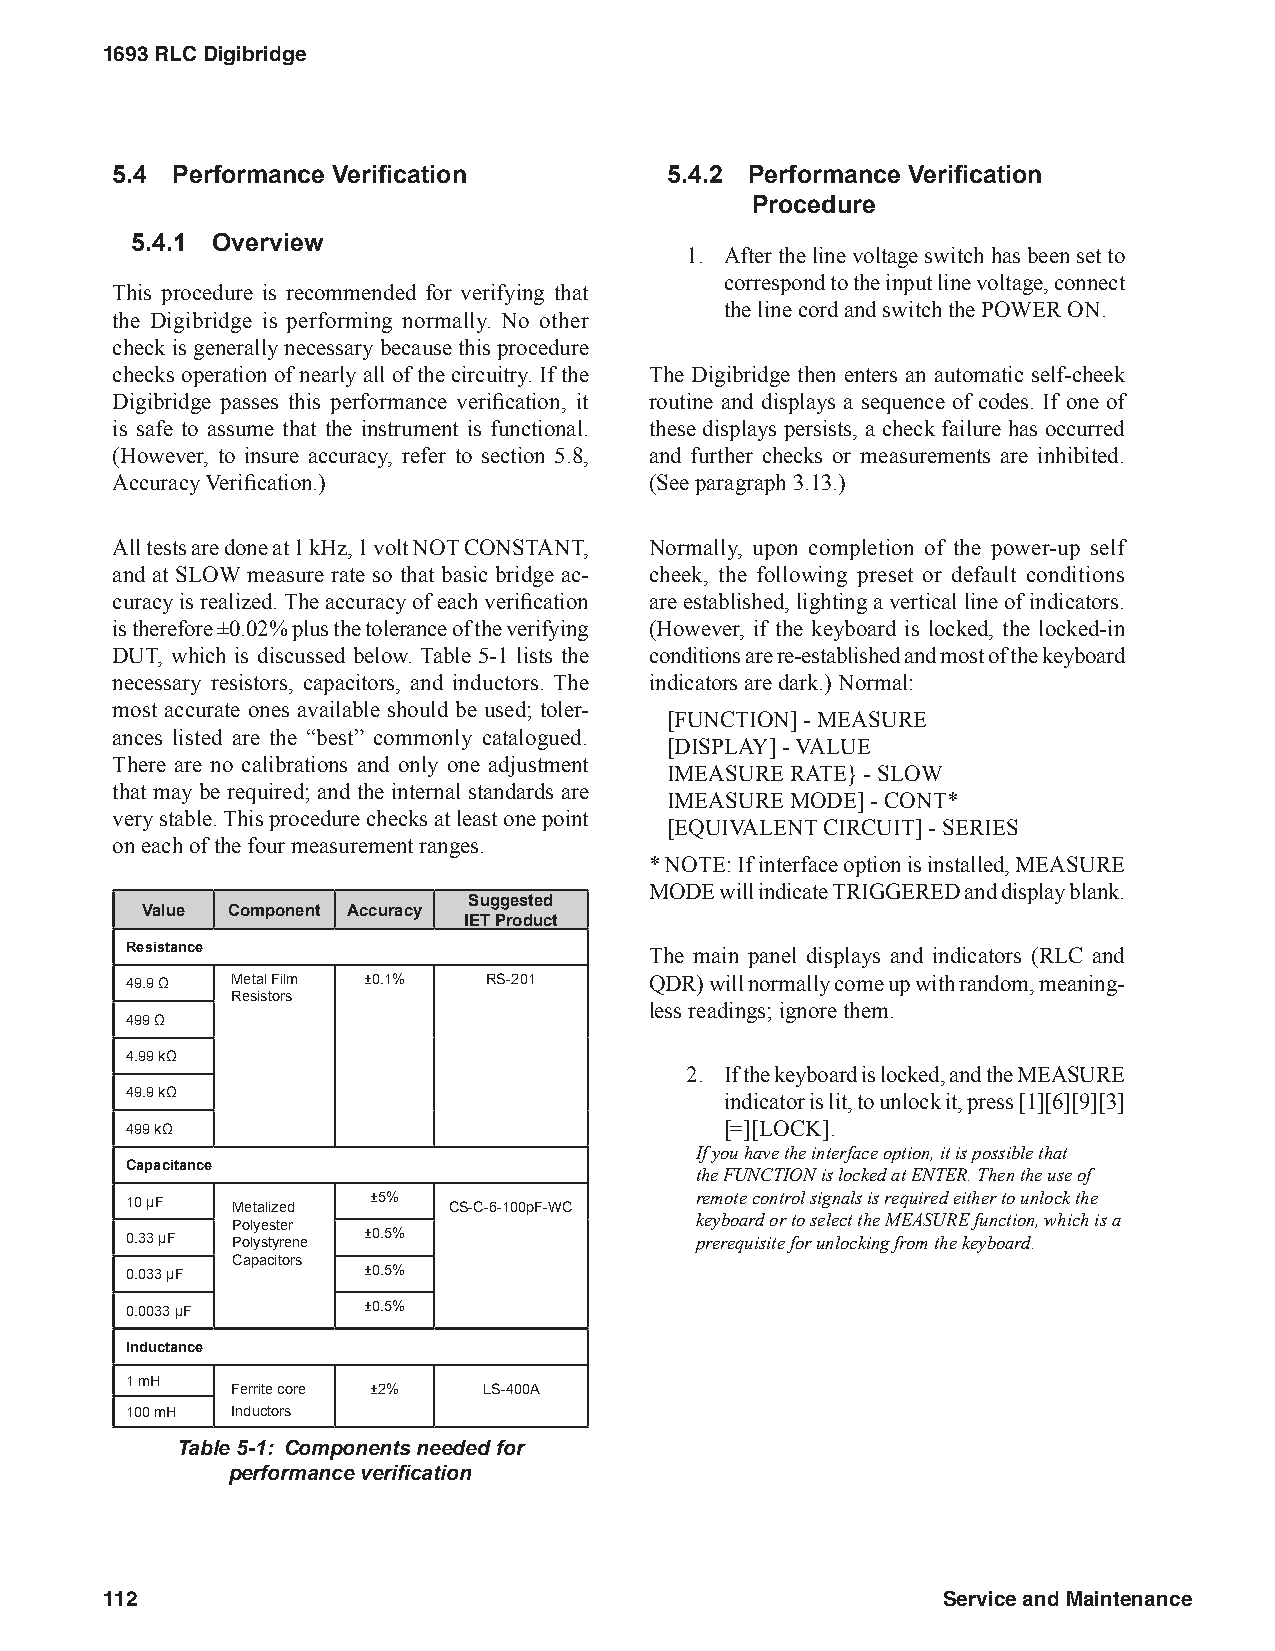
1693 RLC Digibridge
 5.4 Performance Verification         5.4.2 Performance Verification
 Procedure
 5.4.1 Overview
 1. After the line voltage switch has been set to
 correspond to the input line voltage, connect
 This procedure is recommended for verifying that
 the line cord and switch the POWER ON.
 the Digibridge is performing normally. No other
 check is generally necessary because this procedure
 checks operation of nearly all of the circuitry. If the The Digibridge then enters an automatic self-cheek
 Digibridge passes this performance verification, it routine and displays a sequence of codes. If one of
 is safe to assume that the instrument is functional. these displays persists, a check failure has occurred
 (However, to insure accuracy, refer to section 5.8, and further checks or measurements are inhibited.
 Accuracy Verification.)             (See paragraph 3.13.)
 All tests are done at 1 kHz, 1 volt NOT CONSTANT, Normally, upon completion of the power-up self
 and at SLOW measure rate so that basic bridge ac- cheek, the following preset or default conditions
 curacy is realized. The accuracy of each verification are established, lighting a vertical line of indicators.
 is therefore ±0.02% plus the tolerance of the verifying (However, if the keyboard is locked, the locked-in
 DUT, which is discussed below. Table 5-1 lists the conditions are re-established and most of the keyboard
 necessary resistors, capacitors, and inductors. The indicators are dark.) Normal:
 most accurate ones available should be used; toler-
 [FUNCTION] - MEASURE
 ances listed are the “best” commonly catalogued.
 [DISPLAY] - VALUE
 There are no calibrations and only one adjustment
 IMEASURE RATE} - SLOW
 that may be required; and the internal standards are
 IMEASURE MODE] - CONT*
 very stable. This procedure checks at least one point
 [EQUIVALENT CIRCUIT] - SERIES
 on each of the four measurement ranges.
 * NOTE: If interface option is installed, MEASURE
 MODE will indicate TRIGGERED and display blank.
 Suggested
 Value Component Accuracy
 IET Product
 Resistance                         The main panel displays and indicators (RLC and
 49.9 Ω Metal Film ±0.1% RS-201     QDR) will normally come up with random, meaning-
 Resistors
 less readings; ignore them.
 499 Ω
 4.99 kΩ
 2. If the keyboard is locked, and the MEASURE
 49.9 kΩ                                 indicator is lit, to unlock it, press [1][6][9][3]
 499 kΩ                                  [=][LOCK].
 If you have the interface option, it is possible that
 Capacitance
 the FUNCTION is locked at ENTER. Then the use of
 10 µF  Metalized ±5%  CS-C-6-100pF-WC remote control signals is required either to unlock the
 keyboard or to select the MEASURE function, which is a
 Polyester
 0.33 µF Polystyrene ±0.5%             prerequisite for unlocking from the keyboard.
 Capacitors
 0.033 µF        ±0.5%
 0.0033 µF       ±0.5%
 Inductance
 1 mH
 Ferrite core ±2% LS-400A
 100 mH Inductors
 Table 5-1: Components needed for
 performance verification
 112                                                    Service and Maintenance